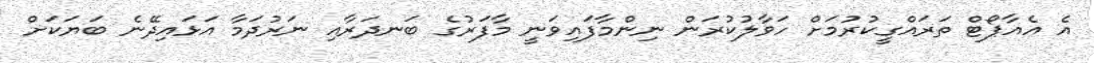
އެ އެއާޕޯޓް ތަރައްގީކުރުމަށް ހަވާލުކުރަން ނިންމާފައިވަނީ މާފަރުގެ ބަނދަރާއި ނަރުދަމާ އަޅައިދޭނެ ބަޔަކަށް